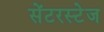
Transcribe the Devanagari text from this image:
सेंटरस्टेज